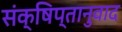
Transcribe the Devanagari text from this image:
संक्षिप्तानुवाद